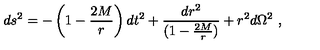
d s ^ { 2 } = - \left( 1 - \frac { 2 M } { r } \right) d t ^ { 2 } + { \frac { d r ^ { 2 } } { ( 1 - \frac { 2 M } { r } ) } } + r ^ { 2 } d \Omega ^ { 2 } \ ,